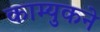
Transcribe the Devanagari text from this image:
काम्युकने